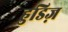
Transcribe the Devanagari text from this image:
हुडिज़